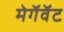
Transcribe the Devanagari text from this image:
मेगॅवॅट